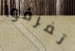
تفرقوا